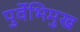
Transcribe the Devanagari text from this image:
पुर्वेभिमुख